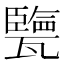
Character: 㽉